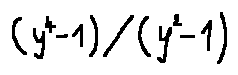
( y ^ { 4 } - 1 ) / ( y ^ { 2 } - 1 )